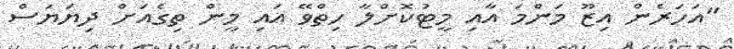
"އަހަރެން އިޒޫ މަންމަ އާއި މީޓުކޮށްލާ ހިތްވޭ އައި މީން ތިގެއަށް ދިޔަޔަސް